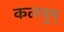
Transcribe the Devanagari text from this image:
कलयुम्